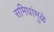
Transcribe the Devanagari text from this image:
समिधांमुळे